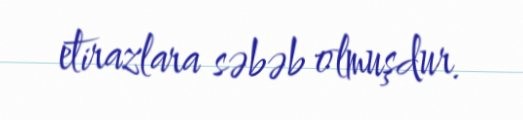
etirazlara səbəb olmuşdur.